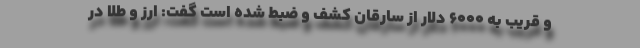
و قریب به ۶۰۰۰ دلار از سارقان کشف و ضبط شده است گفت: ارز و طلا در